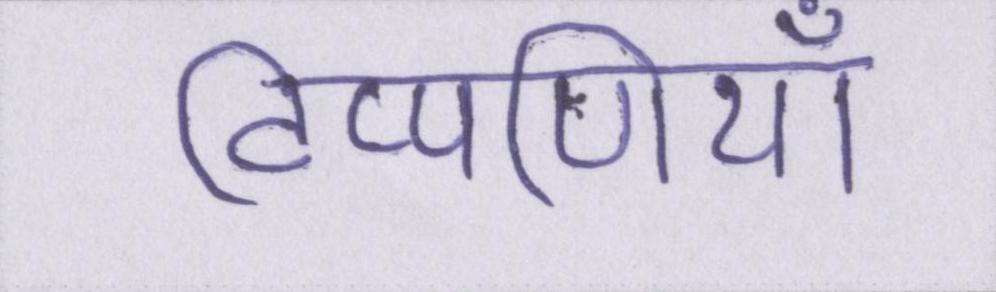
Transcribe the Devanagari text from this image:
टिप्पणियाँ